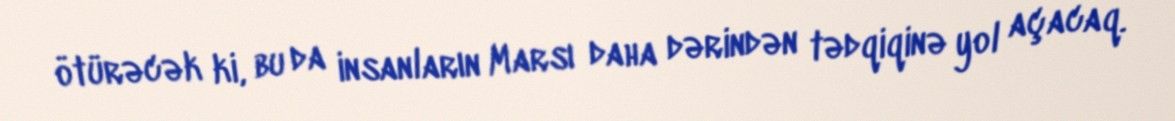
ötürəcək ki, bu da insanların Marsı daha dərindən tədqiqinə yol açacaq.